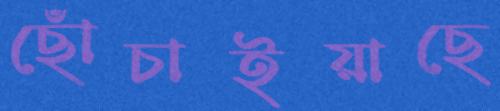
ছোঁচাইয়াছে